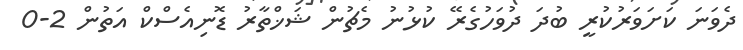
ދެވަނަ ކަށަވަރުކުރީ ބުދަ ދުވަހުގެރޭ ކުޅުނު މެޗުން ޝަޚްތާރު ޑޮނިއެސްކް އަތުން 2-0